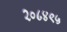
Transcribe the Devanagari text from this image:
२०८४९५